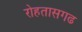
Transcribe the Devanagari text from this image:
रोहतासगढ